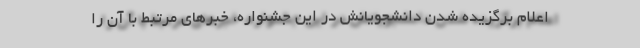
اعلام برگزیده شدن دانشجویانش در این جشنواره، خبرهای مرتبط با آن را